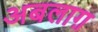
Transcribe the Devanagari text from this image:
अबलाग़